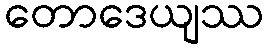
တောဒေယျဿ